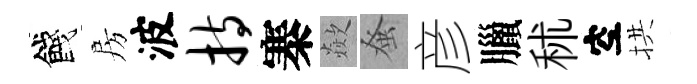
餞房波持寨歘𫊫彦臘秫空拱